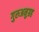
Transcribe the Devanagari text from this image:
गुरुअनुग्रह